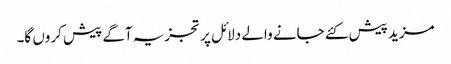
مزید پیش کئے جانے والے دلائل پر تجزیہ آگے پیش کروں گا۔